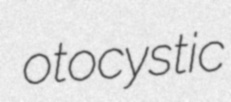
otocystic